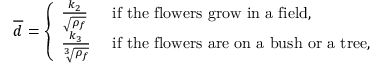
\overline { { d } } = \left\lbrace \begin{array} { l l } { \frac { k _ { 2 } } { \sqrt { \rho _ { f } } } } & { \mathrm { ~ i f ~ t h e ~ f l o w e r s ~ g r o w ~ i n ~ a ~ f i e l d , } } \\ { \frac { k _ { 3 } } { \sqrt [ 3 ] { \rho _ { f } } } } & { \mathrm { ~ i f ~ t h e ~ f l o w e r s ~ a r e ~ o n ~ a ~ b u s h ~ o r ~ a ~ t r e e , } } \end{array} \right.